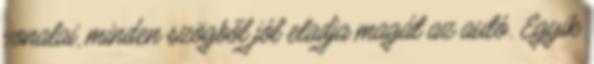
vonalai, minden szögből jól eladja magát az autó. Egyik